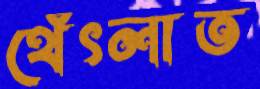
থেঁৎলাত